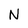
Character: N